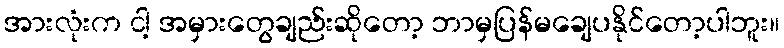
အားလုံးက ငါ့ အမှားတွေချည်းဆိုတော့ ဘာမှပြန်မချေပနိုင်တော့ပါဘူး။